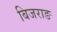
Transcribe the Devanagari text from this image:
बिजराङ